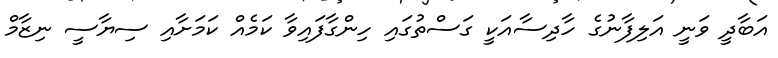
އަބާދީ ވަނީ އަލިފާނުގެ ހާދިސާއަކީ ގަސްތުގައި ހިންގާފައިވާ ކަމެއް ކަމަށާއި ސިޔާސީ ނިޒާމް